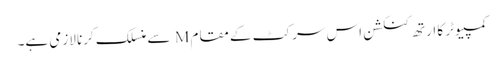
کمپیوٹر کا ارتھ کنکشن اس سرکٹ کے مقام M سے منسلک کرنا لازمی ہے۔